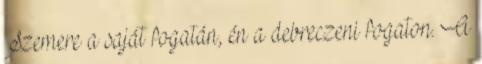
Szemere a saját fogatán, én a debreczeni fogaton. A